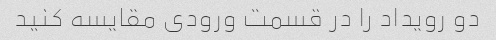
دو رویداد را در قسمت ورودی مقایسه کنید